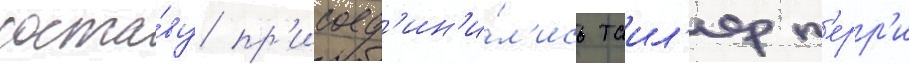
соста́ву пр'исоед'ин'и́л'ись таил'ер п'ерр'и